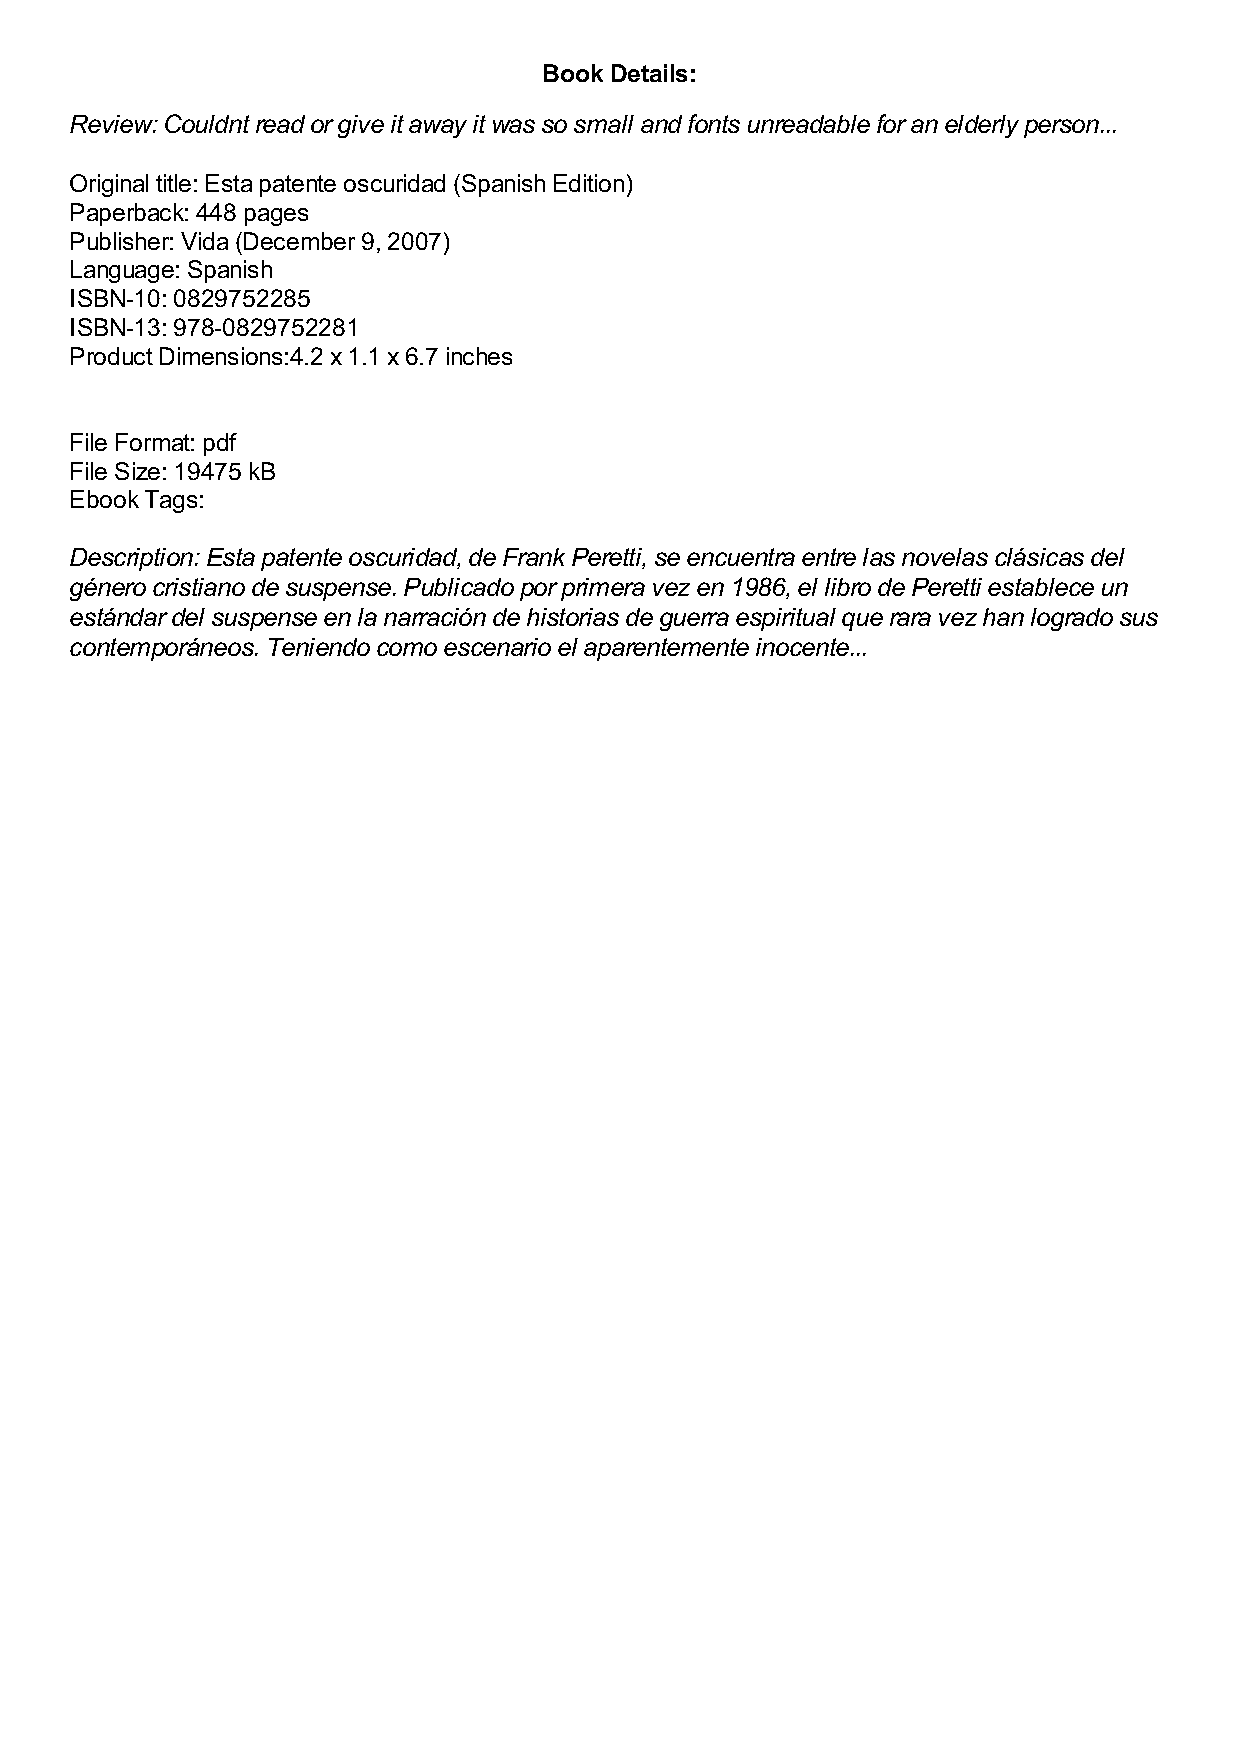
Book Details:
 Review: Couldnt read or give it away it was so small and fonts unreadable for an elderly person...
 Original title: Esta patente oscuridad (Spanish Edition)
 Paperback: 448 pages
 Publisher: Vida (December 9, 2007)
 Language: Spanish
 ISBN-10: 0829752285
 ISBN-13: 978-0829752281
 Product Dimensions:4.2 x 1.1 x 6.7 inches
 File Format: pdf
 File Size: 19475 kB
 Ebook Tags:
 Description: Esta patente oscuridad, de Frank Peretti, se encuentra entre las novelas clásicas del
 género cristiano de suspense. Publicado por primera vez en 1986, el libro de Peretti establece un
 estándar del suspense en la narración de historias de guerra espiritual que rara vez han logrado sus
 contemporáneos. Teniendo como escenario el aparentemente inocente...